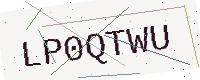
Text: LP0QTWU